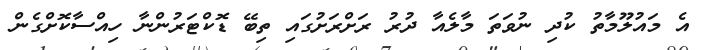
އެ މައުލޫމާތު ކުދި ނުވަތަ މާލެއާ ދުރު ރަށްރަށުގައި ތިބޭ ޑޮކްޓަރުންނާ ހިއްސާކޮށްގެން